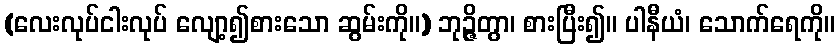
(လေးလုပ်ငါးလုပ် လျော့၍စားသော ဆွမ်းကို။) ဘုဉ္ဇိတွာ၊ စားပြီး၍။ ပါနီယံ၊ သောက်ရေကို။